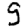
Digit: 9